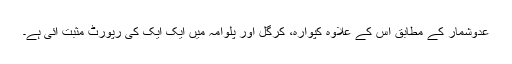
عدوشمار کے مطابق اس کے علاوہ کپوارہ، کرگل اور پلوامہ میں ایک ایک کی رپورٹ مثبت آئی ہے۔